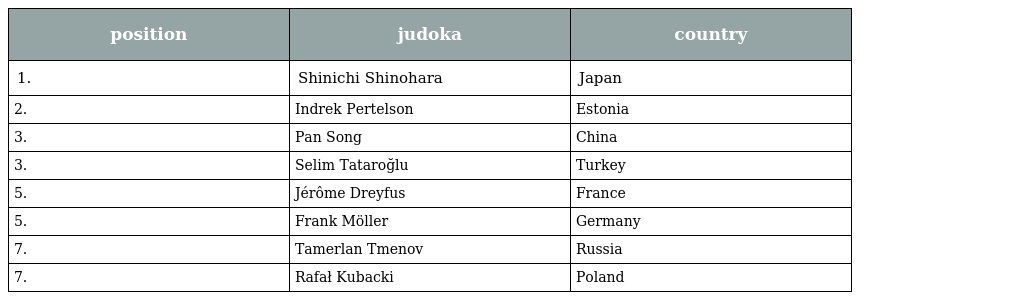
| position | judoka | country |
 | --- | --- | --- |
 | 1. | Shinichi Shinohara | Japan |
 | 2. | Indrek Pertelson | Estonia |
 | 3. | Pan Song | China |
 | 3. | Selim Tataroğlu | Turkey |
 | 5. | Jérôme Dreyfus | France |
 | 5. | Frank Möller | Germany |
 | 7. | Tamerlan Tmenov | Russia |
 | 7. | Rafał Kubacki | Poland |